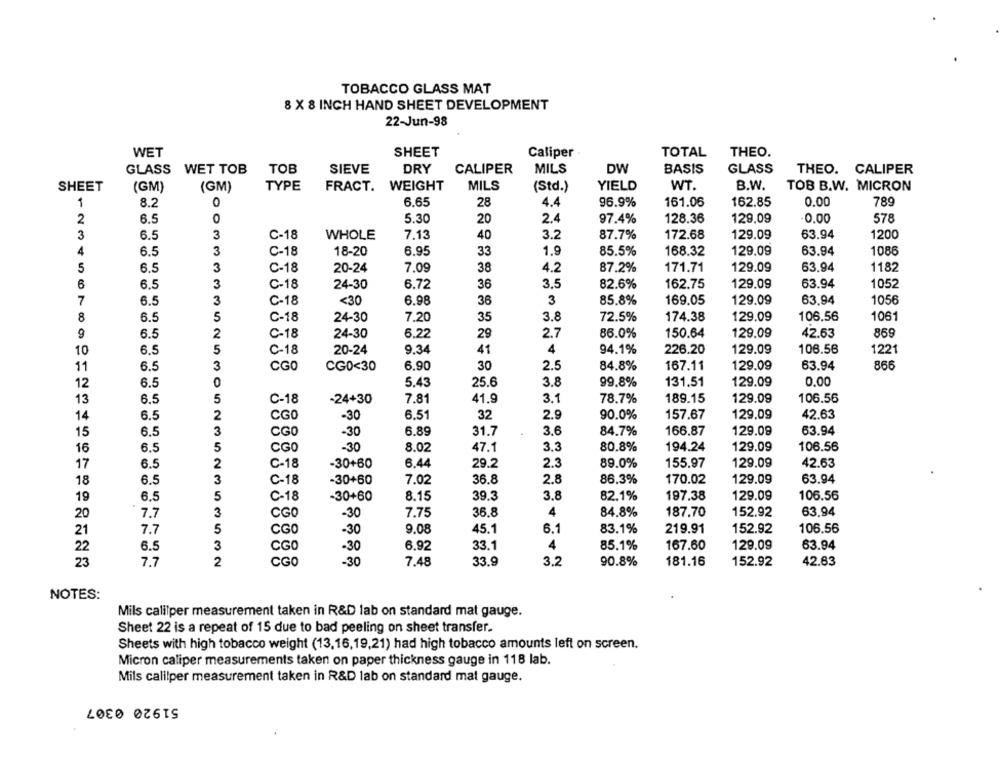
TOBACCO GLASS MAT
8 X 8 INCH HAND SHEET DEVELOPMENT
22-Jun-98
WET
SHEET
TOTAL
THEO.
Caliper
GLASS WET TOB
TOB
SIEVE
DRY
CALIPER
MILS
DW
BASIS
GLASS
THEO. CALIPER
SHEET
(GM)
(GM)
TYPE
FRACT.
WEIGHT
MILS
(Std.)
YIELD
WT.
B.W.
TOB B.W. MICRON
1
8.2
0
6.65
28
4.4
96.9%
161.06
162.85
0.00
789
2
6.5
0
5.30
20
2.4
97.4%
128.36
129.09
0.00
578
3
6.5
3
C-18
WHOLE
7.13
40
3.2
87.7%
172.68
129.09
63.94
1200
4
6.5
3
C-18
18-20
6.95
33
1.9
85.5%
168.32
129.09
63.94
1086
3
171.71
63.94
1182
5
6.5
C-18
20-24
7.09
38
4.2
87.2%
129.09
6
6.5
3
C-18
24-30
6.72
36
3.5
82.6%
162.75
129.09
63.94
1052
7
6.5
3
C-18
<30
6.98
36
3
85.8%
169.05
129.09
63.94
1056
8
6.5
5
C-18
24-30
7.20
35
3.8
72.5%
174.38
129.09
106.56
1061
9
6.5
2
C-18
24-30
6.22
29
2.7
86.0%
150.64
129.09
42.63
869
10
6.5
5
C-18
20-24
9.34
41
4
94.1%
226.20
129.09
106.56
1221
3
6.90
30
2.5
84.8%
167.11
129.09
63.94
866
11
6.5
CGO
CG0<30
0.00
12
6.5
0
5.43
25.6
3.8
99.8%
131.51
129.09
13
6.5
5
C-18
-24+30
7.81
41.9
3.1
78.7%
189.15
129.09
106.56
14
6.5
2
CGO
-30
6.51
32
2.9
90.0%
157.67
129.09
42.63
15
6.5
3
CGO
-30
6.89
31.7
3.6
84.7%
166.87
129.09
63.94
16
6.5
5
CGO
-30
8.02
47.1
3.3
80.8%
194.24
129.09
106.56
17
6.5
2
C-18
-30+60
6.44
29.2
2.3
89.0%
155.97
129.09
42.63
3
C-18
86.3%
129.09
63.94
18
6.5
-30+60
7.02
36.8
2.8
170.02
5
19
6.5
C-18
-30+60
8.15
39.3
3.8
82.1%
197.38
129.09
106.56
20
7.7
3
CGO
-30
7.75
36.8
4
84,8%
187.70
152.92
63.94
21
7.7
5
CGO
-30
9.08
45.1
6.1
83.1%
219.91
152.92
106.56
22
6.5
3
CGO
-30
6.92
33.1
4
85.1%
167.60
129.09
63.94
23
7.7
2
CGO
-30
7.48
33.9
3.2
90.8%
181.16
152.92
42.63
NOTES:
Mils calilper measurement taken in R&D lab on standard mat gauge.
Sheet 22 is a repeat of 15 due to bad peeling on sheet transfer.
Sheets with high tobacco weight (13,16,19,21) had high tobacco amounts left on screen.
Micron caliper measurements taken on paper thickness gauge in 118 lab.
Mils calilper measurement taken in R&D lab on standard mat gauge.
51920 0307